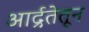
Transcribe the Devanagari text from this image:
आर्द्रतेतून